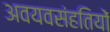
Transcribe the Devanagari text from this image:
अवयवसंहतियों